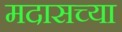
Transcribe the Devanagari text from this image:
मदासच्या